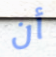
أن